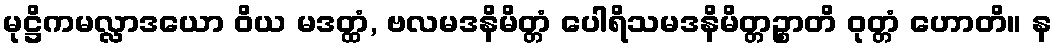
မုဋ္ဌိကမလ္လာဒယော ဝိယ မဒတ္ထံ, ဗလမဒနိမိတ္တံ ပေါရိသမဒနိမိတ္တဉ္စာတိ ဝုတ္တံ ဟောတိ။ န